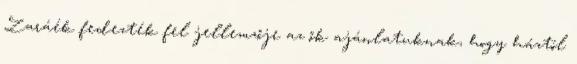
Zaráék fedezték fel jellemzője az ők ajánlatuknak, hogy háztól